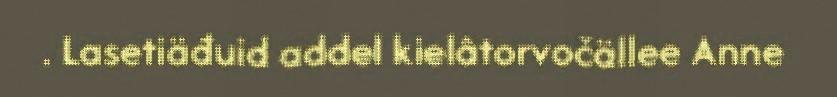
. Lasetiäđuid addel kielâtorvočällee Anne